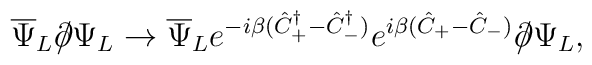
\overline{\Psi}_L \partial\!\!\!/ \Psi_L \to \overline{\Psi}_Le^{-i\beta(\hat{C}_+^{\dagger} - \hat{C}_-^{\dagger})}e^{i\beta(\hat{C}_+ - \hat{C}_-)} \partial\!\!\!/\Psi_L,